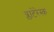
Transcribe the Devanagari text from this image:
प्लाटेरेस्क